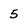
Character: 5